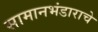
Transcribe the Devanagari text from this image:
सामानभंडाराचे